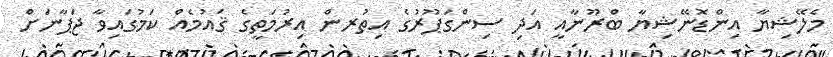
މެލޭޝިޔާ އިންޑޮނޭޝިޔާ ބްރޫނާއީ އަދި ސިންގަޕޫރުގެ އިތުރން އިރުމަތީގެ ޤައުމެއް ކަމުގައިވާ ޖަޕާނަށް